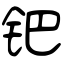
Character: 钯